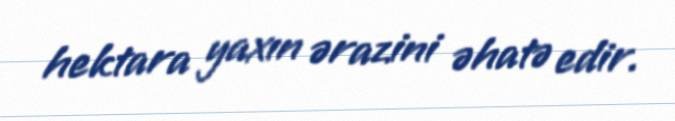
hektara yaxın ərazini əhatə edir.